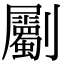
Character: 劚